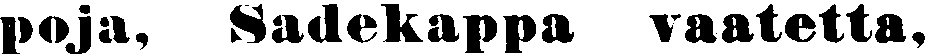
poja, Sadekappa vaatetta,